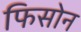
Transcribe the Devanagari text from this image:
फिसोन